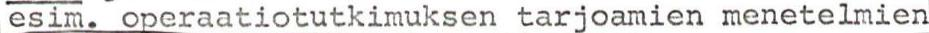
esim. operaatiotutkimuksen tarjoamien menetelmien